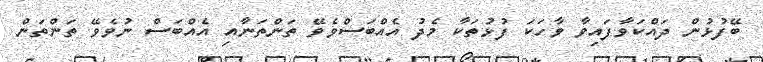
ބޭފުޅުން ދައްކަވާފައިވާ ވާހަކަ ފުޅުތަކާ މެދު އެއްބަސްވެވޭ ތަންތަނާއި އެއްބަސް ނުވެވޭ ތަންތަން